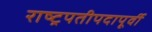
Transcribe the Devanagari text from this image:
राष्ट्रपतीपदापूर्वी